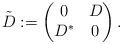
LaTeX: \begin{align*}\tilde{D}:=\begin{pmatrix} 0& D\\ D^*& 0\end{pmatrix}.\end{align*}